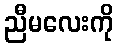
ညီမလေးကို